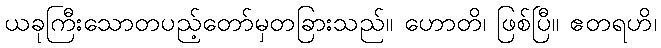
ယခုကြီးသောတပည့်တော်မှတခြားသည်။ ဟောတိ၊ ဖြစ်ပြီ။ ဧတရဟိ၊